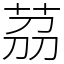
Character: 茘